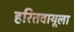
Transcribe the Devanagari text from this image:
हरितवायूला